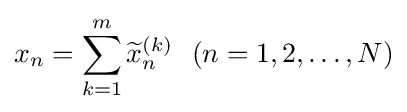
x_{n}=\sum \limits _{k=1}^{m}{\widetilde {x}}_{n}^{(k)}\ \ (n=1,2,\ldots ,N)